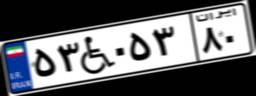
۵۳W۰۵۳۸۰